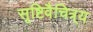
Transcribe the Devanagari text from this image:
सृष्टिवैचित्र्य